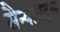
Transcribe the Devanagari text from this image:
सैन्याबद्दल